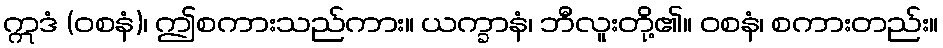
ဣဒံ (ဝစနံ)၊ ဤစကားသည်ကား။ ယက္ခာနံ၊ ဘီလူးတို့၏။ ဝစနံ၊ စကားတည်း။